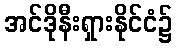
အင်ဒိုနီးရှားနိုင်ငံ၌